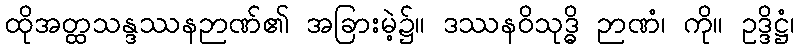
ထိုအတ္ထသန္ဒဿနဉာဏ်၏ အခြားမဲ့၌။ ဒဿနဝိသုဒ္ဓိ ဉာဏံ၊ ကို။ ဥဒ္ဒိဋ္ဌံ၊